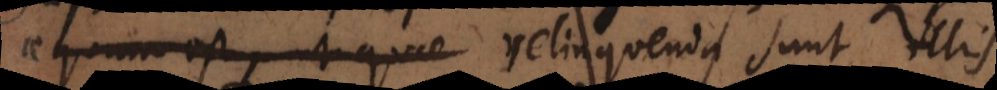
aequum est, ut quae relinquenda sunt illis